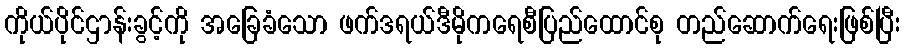
ကိုယ်ပိုင်ဌာန်းခွင့်ကို အခြေခံသော ဖက်ဒရယ်ဒီမိုကရေစီပြည်ထောင်စု တည်ဆောက်ရေးဖြစ်ပြီး